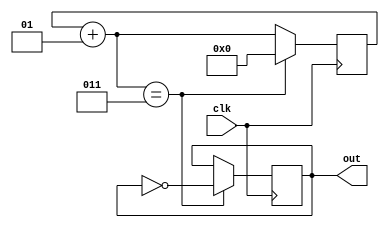
`timescale 1ns / 1ps

module divider_6(clk,out);
    input clk;
    output reg out =0;
    integer counter=0;
    always @ (posedge clk)
    begin
    counter=counter +1;
    if(counter==3) begin
    out=~out;
    counter=0;
    end 
    end
endmodule